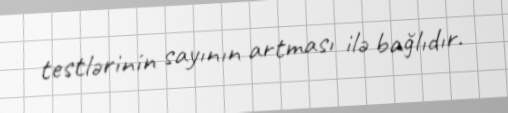
testlərinin sayının artması ilə bağlıdır.